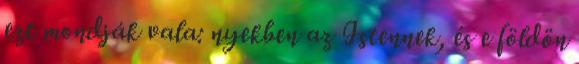
ezt mondják vala: nyekben az Istennek, és e földön